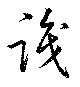
識